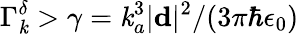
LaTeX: \Gamma_{\mathit{k}}^{\delta}>\gamma=\mathit{k}_{a}^{3}|\mathbf{{d}}|^{2}/(3\pi\hbar\epsilon_{0})